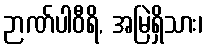
ဉာဏ်ပါဝီရိ, အမြဲရှိသား၊